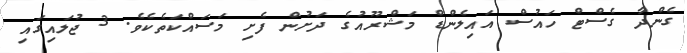
ގެންދާ ގެސްޓް ހައުސް އައިލެންޑް މަޝްރޫއުގެ ދަށުން ފެށި މަސައްކަތެކެވެ. 3 ޖުލައިގައި